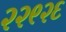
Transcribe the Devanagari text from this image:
२२९२६